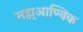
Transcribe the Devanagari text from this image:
महा्आण्विक